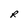
Character: R